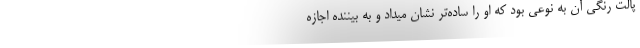
پالت رنگی آن به نوعی بود که او را ساده‌تر نشان میداد و به بیننده اجازه